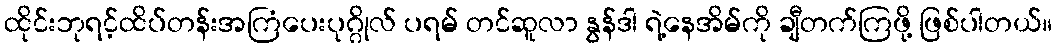
ထိုင်းဘုရင့်ထိပ်တန်းအကြံပေးပုဂ္ဂိုလ် ပရမ် တင်ဆူလာ နွန်ဒါ ရဲ့နေအိမ်ကို ချီတက်ကြဖို့ ဖြစ်ပါတယ်။